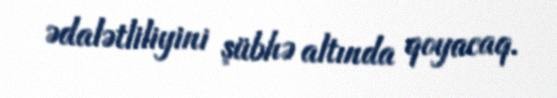
ədalətliliyini şübhə altında qoyacaq.